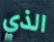
الذي